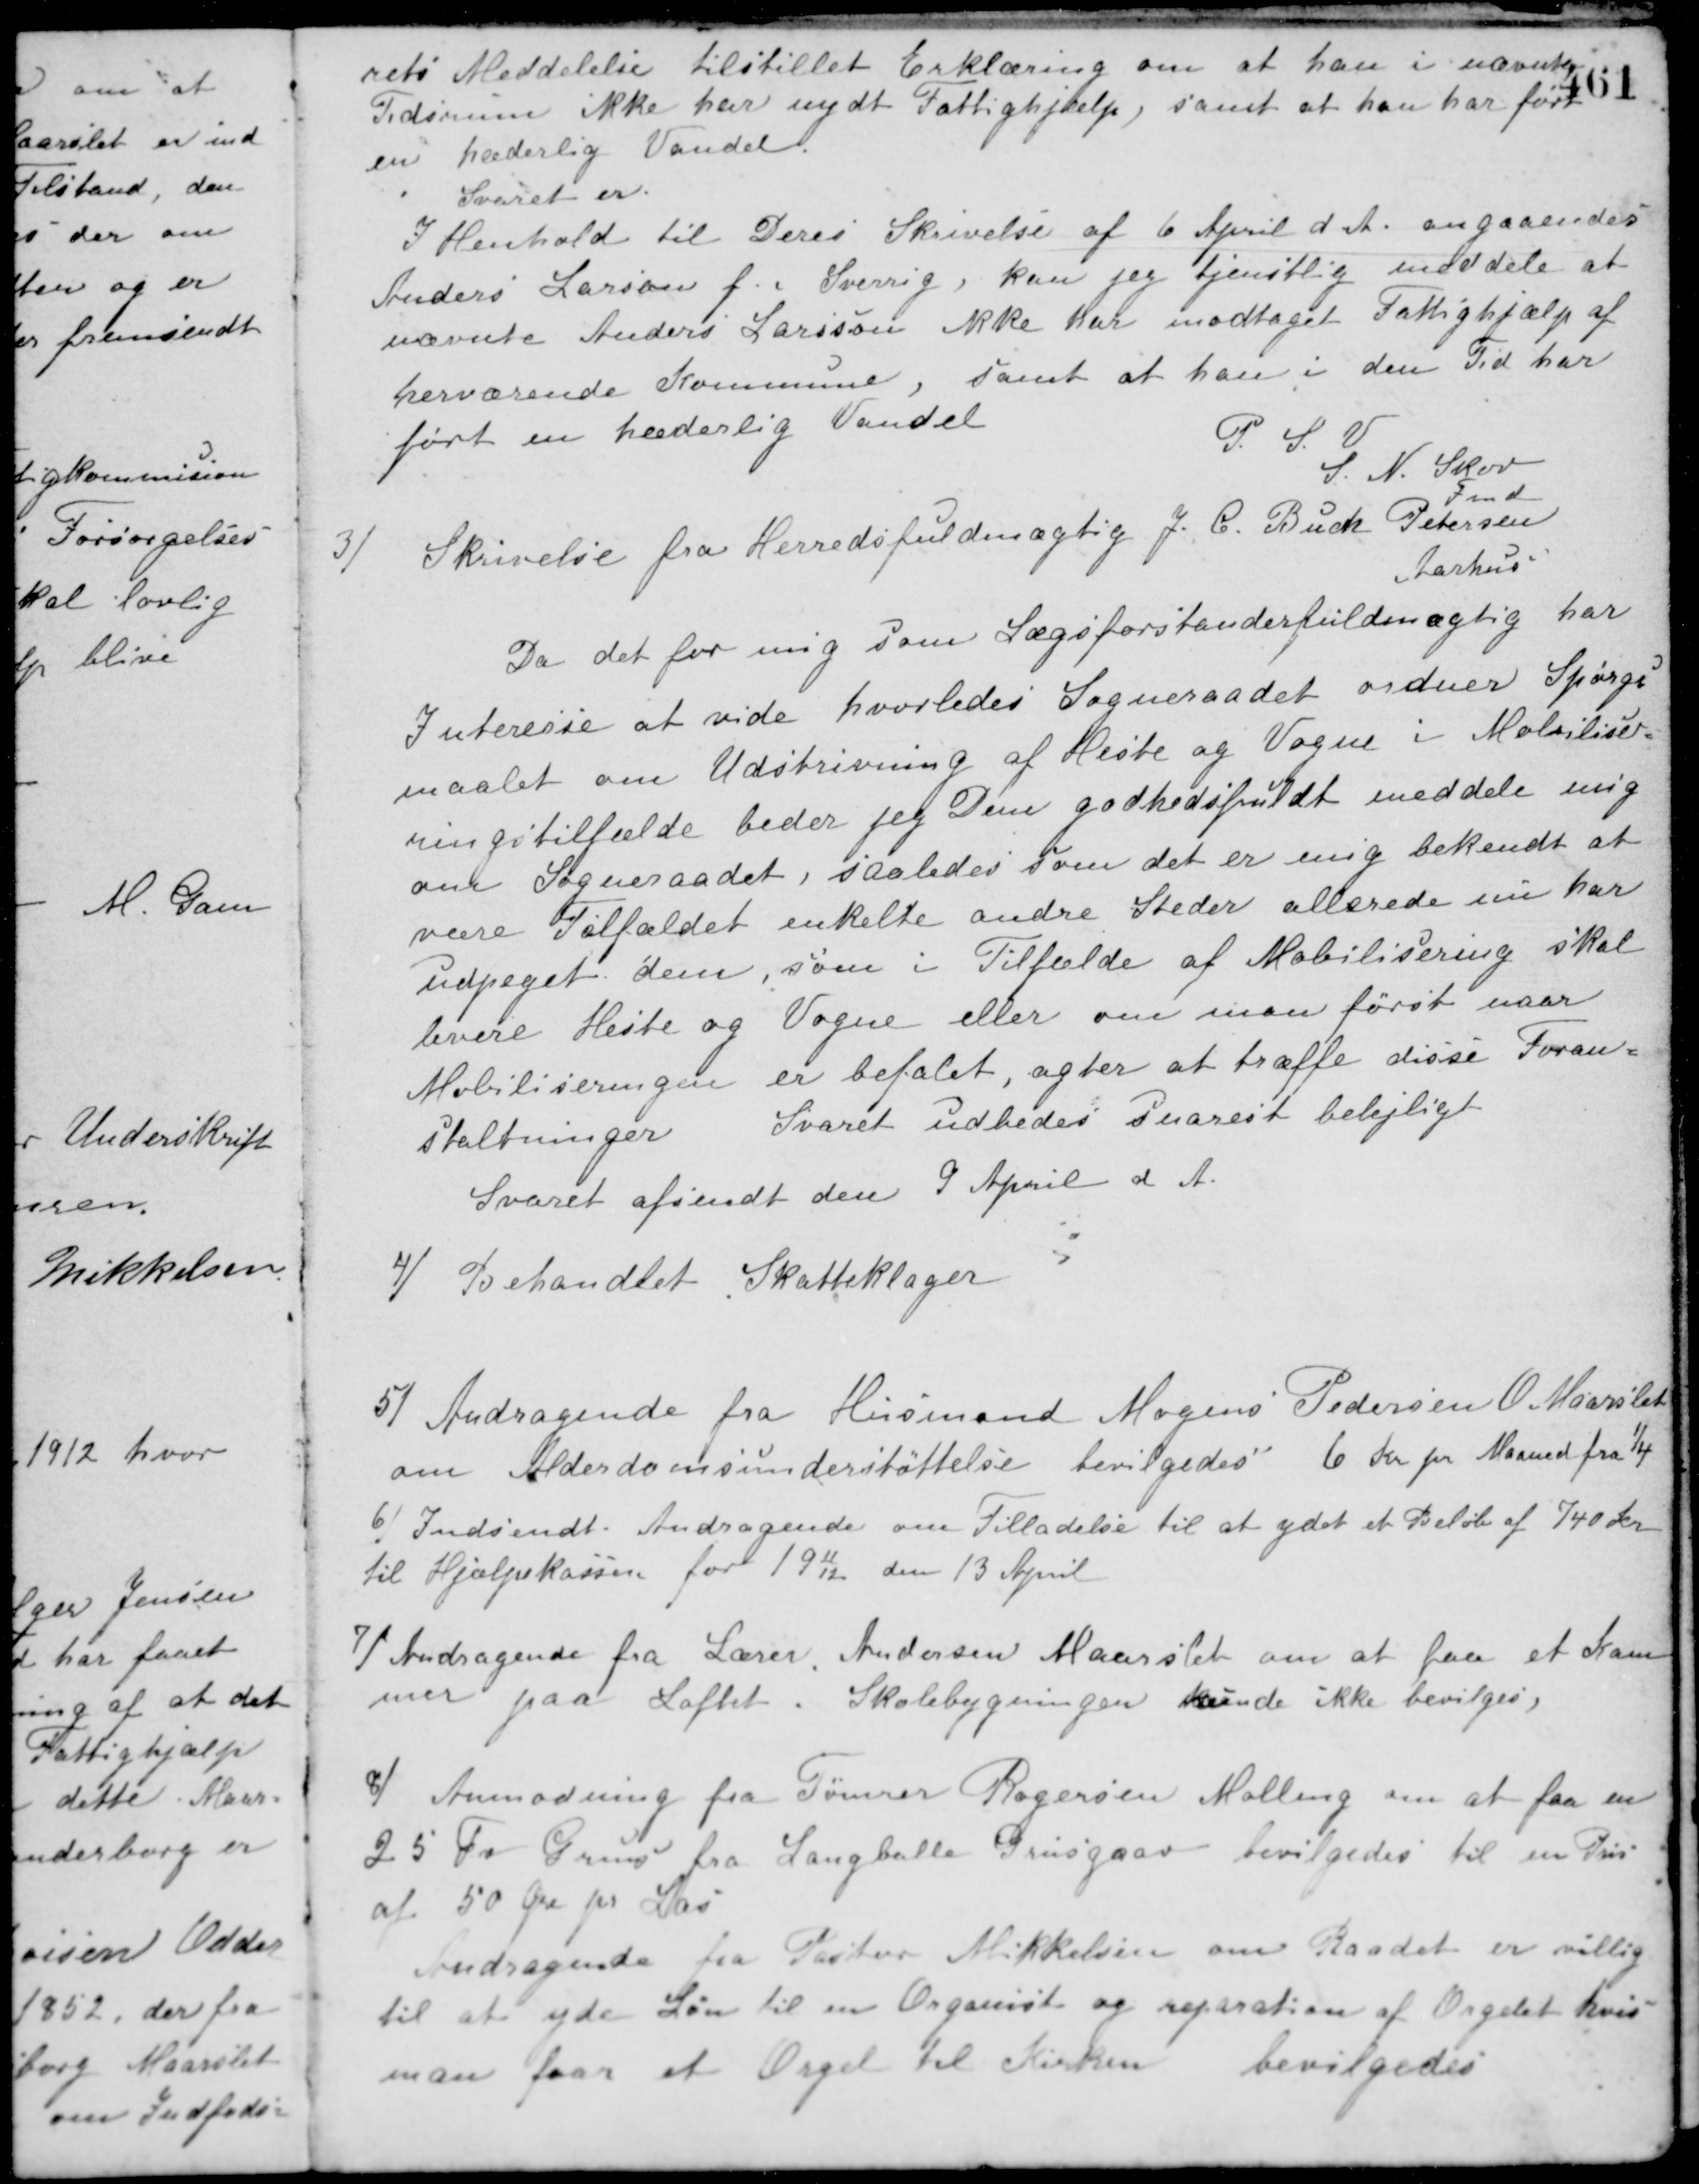
Transskription:
rets Meddelelse tilstillet Erklæring om at han i nævnte
Tidsrum ikke har nydt Fattighjælp, samt at han har ført
en hæderlig Vandel.
Svaret er.
I Henhold til Deres Skrivelse af 6 April d. A. angaaendes
Anders Larsson f. i Sverrig, kan jeg tjenstlig meddele at
nævnte Anders Larsson ikke har modtaget Fattighjælp af
herværende Kommune, samt at han i den Tid har
ført en hæderlig Vandel
P. S. V.
S. N. Skov
Fmd.
Skrivelse fra Herredsfuldmægtig J. C. Buch Petersen
Aarhus
Da det for mig som Lægsforstanderfuldmægtig har
Interesse at vide hvorledes Sogneraadet ordner Spørgs-
maalet om Udskrivning af Heste og Vogne i Mobilise-
ringstilfælde beder jeg Dem godhedsfuldt meddele mig
om Sogneraadet, saaledes som det er mig bekendt at
være Tilfældet enkelte andre Steder allerede nu har
udpeget dem, som i Tilfælde af Mobilisering skal
levere Heste og Vogne eller om man først naar
Mobiliseringen er befalet, agter at træffe disse Foran-
staltninger.
Svaret udbedes snarest belejligt.
Svaret afsendt den 9 April d. A.
4/ Behandlet Skatteklager.
5/ Andragende fra Husmand Mogens Pedersen O. Maarslet
om Alderdomsunderstøttelse bevilgedes 6 Kr. pr. Maaned fra 1/4
6/ Indsendt Andragende om Tilladelse til at ydet et Beløb af 740 Kr.
til Hjælpekassen for 1911/12 den 13 April.
7/ Andragende fra Lærer Andersen Maarslet om at faa et Kam-
mer paa Loftet i Skolebygningen kunde ikke bevilges.
8/ Anmodning fra Tømrer Rogersen Malling om at faa en
25 Fv. Grus fra Langballe Grusgrav bevilgedes til en Pris
af 50 Øre pr. Læs.
Andragende fra Pastor Mikkelsen om Raadet er villig
til at yde Løn til en Organist og reparation af Orgelet hvis
man faar et Orgel til Kirken
bevilgedes